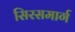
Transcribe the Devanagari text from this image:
सिरसमार्ग